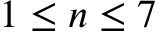
1 \leq n \leq 7